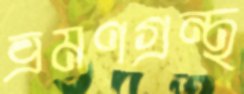
ভ্রমণগ্রন্থ